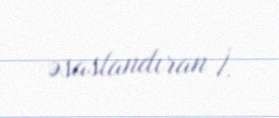
əsaslandıran İ.